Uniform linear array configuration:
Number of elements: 24
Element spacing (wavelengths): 0.5
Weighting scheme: hamming
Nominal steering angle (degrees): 15
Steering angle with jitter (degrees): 16.226
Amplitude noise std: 0.05
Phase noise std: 0.05

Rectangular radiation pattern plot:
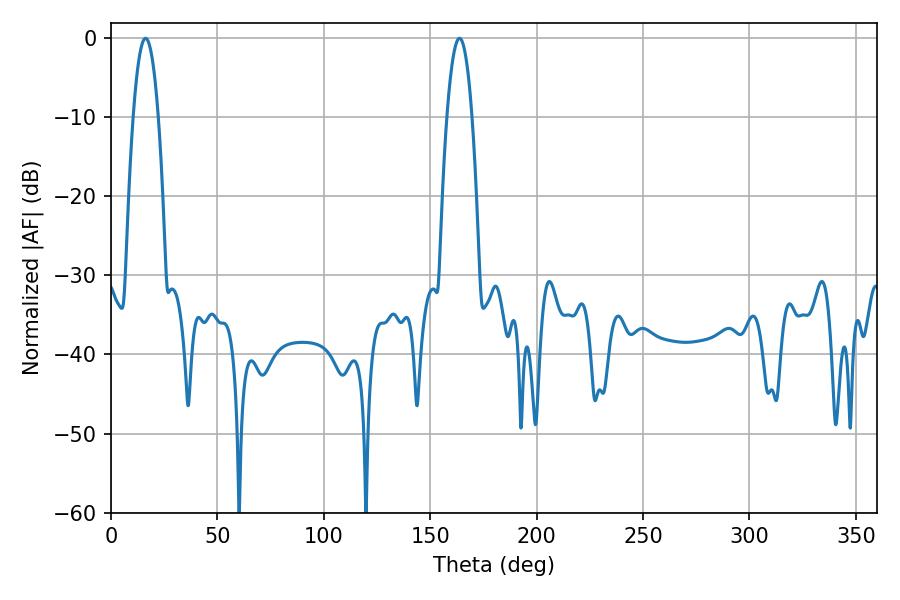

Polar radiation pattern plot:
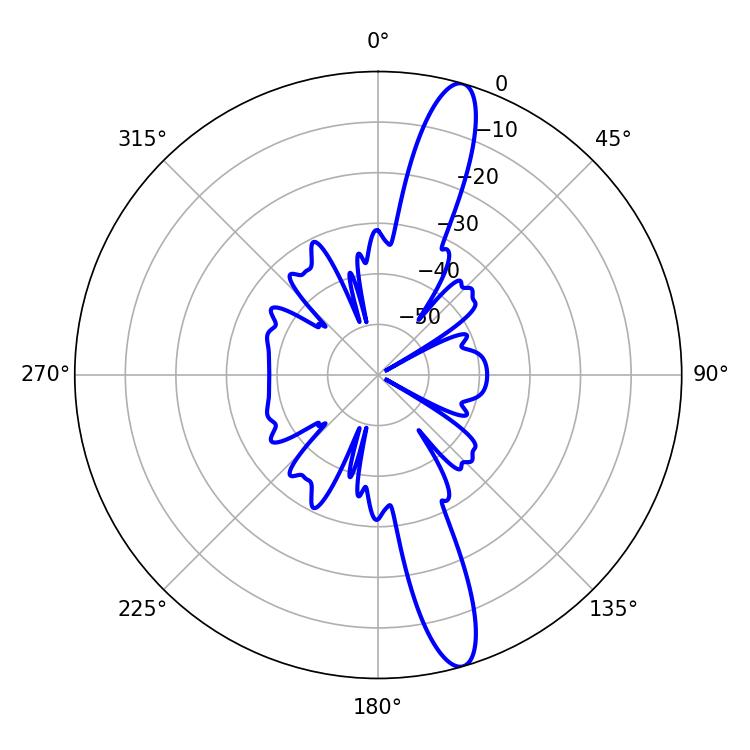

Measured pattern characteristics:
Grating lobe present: FALSE
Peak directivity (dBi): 14.659
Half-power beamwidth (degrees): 6.48
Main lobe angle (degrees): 16.2